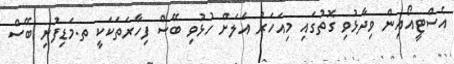
އެސްޓީއޯއިން ވިދާޅުވި ގޮތުގައި މިއަހަރު އަލަށް ހުޅުވި ބޭސް ފިހާރަތަކަކީ ތ.މަޑިފުށި ބޭސް